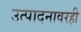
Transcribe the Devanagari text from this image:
उत्पादनावरही